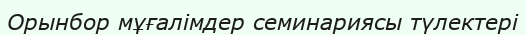
Орынбор мұғалімдер семинариясы түлектері